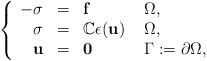
\begin{align*}\left\{\begin{array}{rlll}-\mathbf\sigma & = & \mathbf{f} & \ \Omega,\\\mathbf\sigma & = & \mathbb{C}\mathbf\epsilon(\mathbf{u}) & \ \Omega,\\\mathbf u& = & \mathbf 0 & \ {\Gamma:=\partial \Omega},\\\end{array}\right.\end{align*}